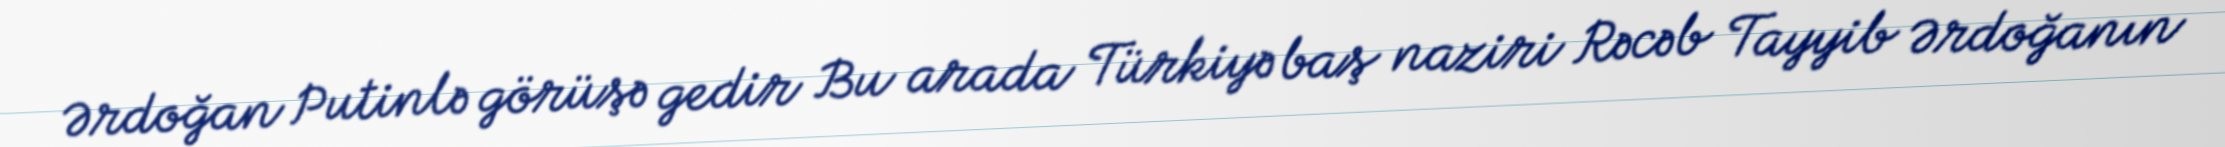
Ərdoğan Putinlə görüşə gedir Bu arada Türkiyə baş naziri Rəcəb Tayyib Ərdoğanın